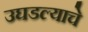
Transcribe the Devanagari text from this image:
उघडल्‍याचे